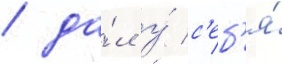
/ да́л у́ с'еб'я́